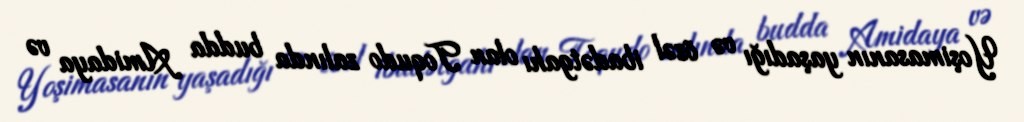
Yoşimasanın yaşadığı və özəl ibadətgahı olan Toqudo zalında budda Amidaya və